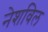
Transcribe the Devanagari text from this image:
नेशविल